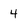
Character: 4